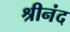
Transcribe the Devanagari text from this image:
श्रीनंद